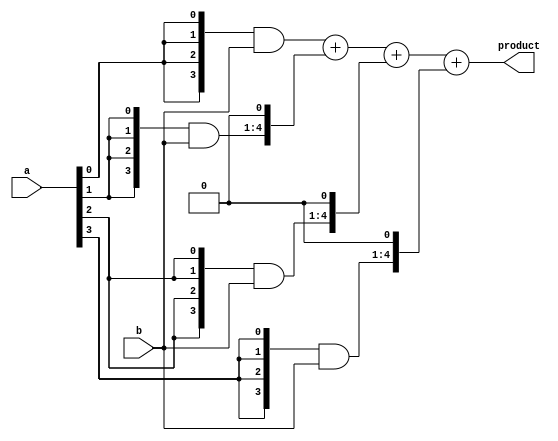
`timescale 1ns / 1ps
//////////////////////////////////////////////////////////////////////////////////
// Company: 
// Engineer: 
// 
// Design Name: 
// Module Name:    multiplier_4bit 
// Project Name: 
// Target Devices: 
// Tool versions: 
// Description: 
//
// Dependencies: 
//
// Revision: 
// Revision 0.01 - File Created
// Additional Comments: 
//
//////////////////////////////////////////////////////////////////////////////////
module multiplier_4bit(a,b,product);
input [3:0] a,b;
output [7:0] product;
 wire [3:0] m0;
 wire [4:0] m1;
 wire [5:0] m2;
 wire [6:0] m3;
 
 //middle terms
 wire [7:0] s1,s2,s3;
 
 assign m0={4{a[0]}}&b[3:0];
 assign m1={4{a[1]}}&b[3:0];
 assign m2={4{a[2]}}&b[3:0];
 assign m3={4{a[3]}}&b[3:0];
 
 assign s1= m0+(m1<<1);
 assign s2= s1+(m2<<1);
 assign s3= s2+(m3<<1);
 assign product=s3;
 endmodule